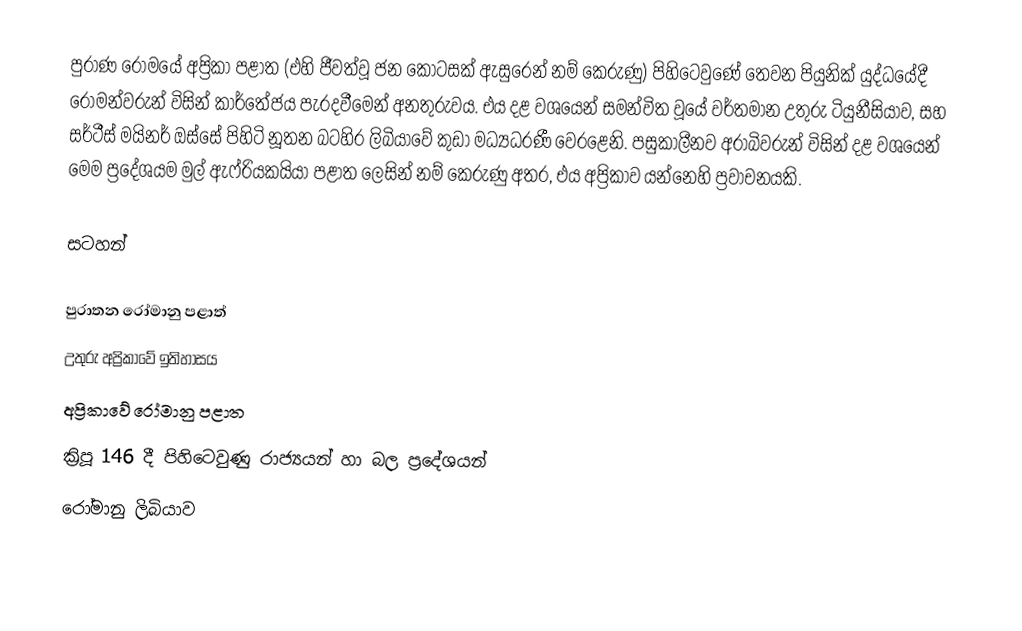
පුරාණ රෝමයේ  අප්‍රිකා පළාත (එහි ජීවත්වූ ජන කොටසක් ඇසුරෙන් නම් කෙරුණු) පිහිටෙවුණේ තෙවන පියුනික් යුද්ධයේදී රෝමන්වරුන් විසින් කාර්තේජය පැරදවීමෙන් අනතුරුවය. එය දළ වශයෙන් සමන්විත වූයේ වර්තමාන උතුරු ටියුනීසියාව, සහ සර්ටීස් මයිනර් ඔස්සේ පිහිටි නූතන බටහිර ලිබියාවේ කුඩා මධ්‍යධරණී වෙරළෙනි. පසුකාලීනව අරාබිවරුන් විසින් දළ වශයෙන් මෙම ප්‍රදේශයම මුල් ඇෆ්රියකයියා පළාත ලෙසින් නම් කෙරුණු අතර, එය අප්‍රිකාව යන්නෙහි ප්‍රවාචනයකි.

සටහන්

පුරාතන රෝමානු පළාත්
උතුරු අප්‍රිකාවේ ඉතිහාසය
අප්‍රිකාවේ රෝමානු පළාත
ක්‍රිපූ 146 දී පිහිටෙවුණු රාජ්‍යයන් හා බල ප්‍රදේශයන්
රෝමානු ලිබියාව